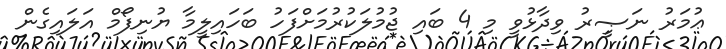
ޢުމަރު ނަޞީރު ވިދާޅުވީ މި 4 ބައި ޖުމުލަކުރުމަށްފަހު ބަހައިލީމާ ޔުނިފޯމް އަލައިގެން